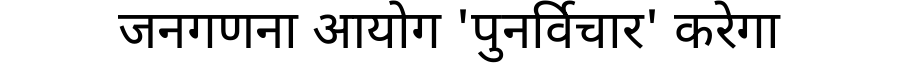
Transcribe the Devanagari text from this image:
जनगणना आयोग 'पुनर्विचार' करेगा